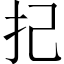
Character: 𢩵